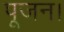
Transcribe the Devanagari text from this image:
पूजन।